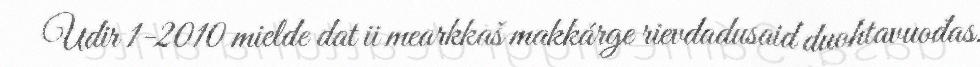
Udir 1-2010 mielde dat ii mearkkaš makkárge rievdadusaid duohtavuođas.